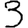
Digit: 3